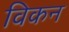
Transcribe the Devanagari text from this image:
विकन